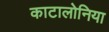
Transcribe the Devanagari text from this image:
काटालोनिया